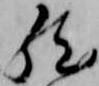
然